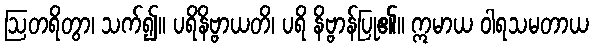
ဩတရိတွာ၊ သက်၍။ ပရိနိဗ္ဗာယတိ၊ ပရိ နိဗ္ဗာန်ပြု၏။ ဣမာယ ဝါရသမတာယ